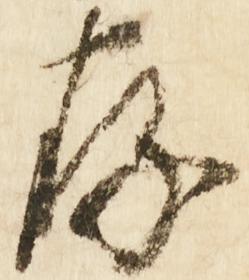
存